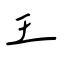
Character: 王